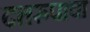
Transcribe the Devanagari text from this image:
दत्तरुपाचा